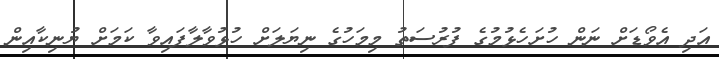
އަދި އެވޯޑަށް ނަން ހުށަހެޅުމުގެ ފުރުސަތު މިމަހުގެ ނިޔަލަށް ހުޅުވާލާފައިވާ ކަމަށް ޔުނިކާއިން